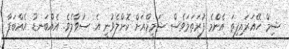
ޝިމް ހޭއަރައިފިތަ އެންމެ ފުރަތަމަވެސް ޝަމީމްއަށް ކޮށްލެވުނީ އެ ސުވާލެވެ. އެއްބަނޑު އެއްބަފާ